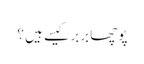
پوچھا بربر کیسے ہیں ؟